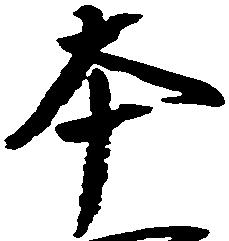
本